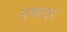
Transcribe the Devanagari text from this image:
सम्बन्दर